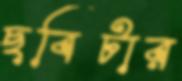
ছবিটার